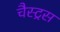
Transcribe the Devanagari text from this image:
चैस्ट्रस